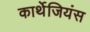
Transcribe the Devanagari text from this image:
कार्थेजियंस